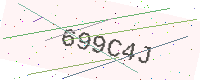
Text: 699C4J